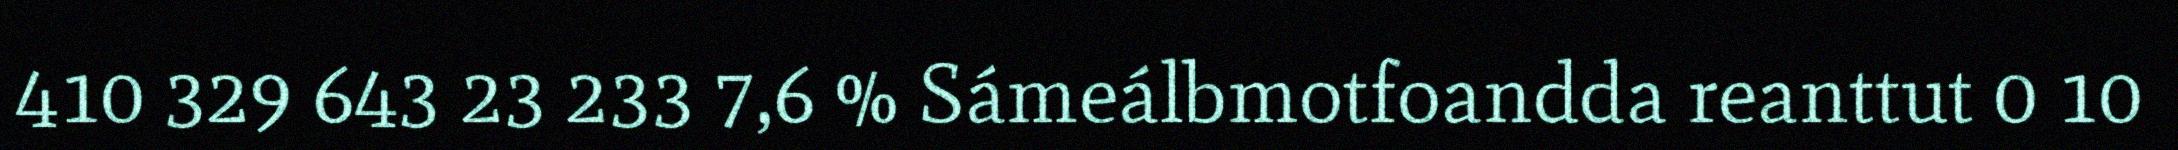
410 329 643 23 233 7,6 % Sámeálbmotfoandda reanttut 0 10